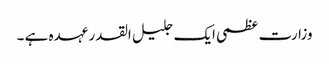
وزارت عظمی ایک جلیل القدر عہدہ ہے ۔